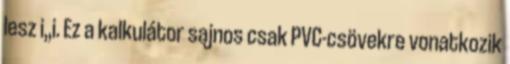
lesz i,,i. Ez a kalkulátor sajnos csak PVC-csövekre vonatkozik